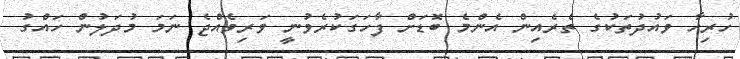
ހުރިހާ ވައުދުތަކުގެ ތެރެއިން އެންމެ ބޮޑަށް ފާހަގަކުރެވުނީ ވަރިވެއްޖެ ނަމަ މުދަލުން ހައްގު